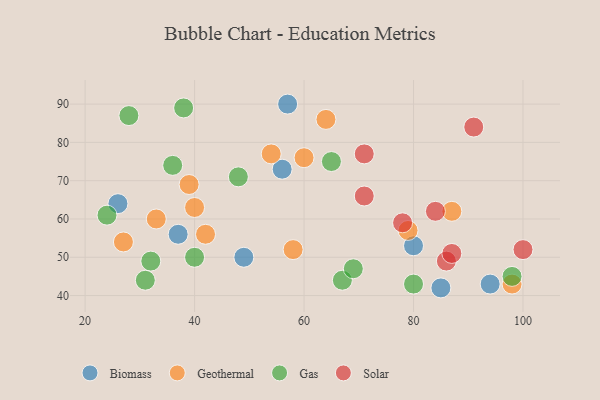
{"axis": {"x": "GDP", "y": "Life Expectancy"}, "legend": ["Biomass", "Gas", "Geothermal", "Solar"], "data": [{"x": "56", "y": 73, "type": "Biomass"}, {"x": "80", "y": 53, "type": "Biomass"}, {"x": "26", "y": 64, "type": "Biomass"}, {"x": "49", "y": 50, "type": "Biomass"}, {"x": "94", "y": 43, "type": "Biomass"}, {"x": "37", "y": 56, "type": "Biomass"}, {"x": "85", "y": 42, "type": "Biomass"}, {"x": "57", "y": 90, "type": "Biomass"}, {"x": "64", "y": 86, "type": "Geothermal"}, {"x": "27", "y": 54, "type": "Geothermal"}, {"x": "87", "y": 62, "type": "Geothermal"}, {"x": "39", "y": 69, "type": "Geothermal"}, {"x": "58", "y": 52, "type": "Geothermal"}, {"x": "33", "y": 60, "type": "Geothermal"}, {"x": "79", "y": 57, "type": "Geothermal"}, {"x": "42", "y": 56, "type": "Geothermal"}, {"x": "98", "y": 43, "type": "Geothermal"}, {"x": "60", "y": 76, "type": "Geothermal"}, {"x": "40", "y": 63, "type": "Geothermal"}, {"x": "54", "y": 77, "type": "Geothermal"}, {"x": "48", "y": 71, "type": "Gas"}, {"x": "31", "y": 44, "type": "Gas"}, {"x": "36", "y": 74, "type": "Gas"}, {"x": "65", "y": 75, "type": "Gas"}, {"x": "67", "y": 44, "type": "Gas"}, {"x": "40", "y": 50, "type": "Gas"}, {"x": "24", "y": 61, "type": "Gas"}, {"x": "28", "y": 87, "type": "Gas"}, {"x": "80", "y": 43, "type": "Gas"}, {"x": "69", "y": 47, "type": "Gas"}, {"x": "38", "y": 89, "type": "Gas"}, {"x": "32", "y": 49, "type": "Gas"}, {"x": "98", "y": 45, "type": "Gas"}, {"x": "78", "y": 59, "type": "Solar"}, {"x": "86", "y": 49, "type": "Solar"}, {"x": "100", "y": 52, "type": "Solar"}, {"x": "84", "y": 62, "type": "Solar"}, {"x": "91", "y": 84, "type": "Solar"}, {"x": "71", "y": 66, "type": "Solar"}, {"x": "87", "y": 51, "type": "Solar"}, {"x": "71", "y": 77, "type": "Solar"}]}